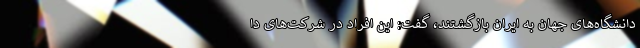
دانشگاه‌های جهان به ایران بازگشتند، گفت: این افراد در شرکت‌های دا